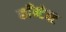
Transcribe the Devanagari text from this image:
काँन्टेक्ट